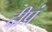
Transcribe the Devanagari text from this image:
दीपं